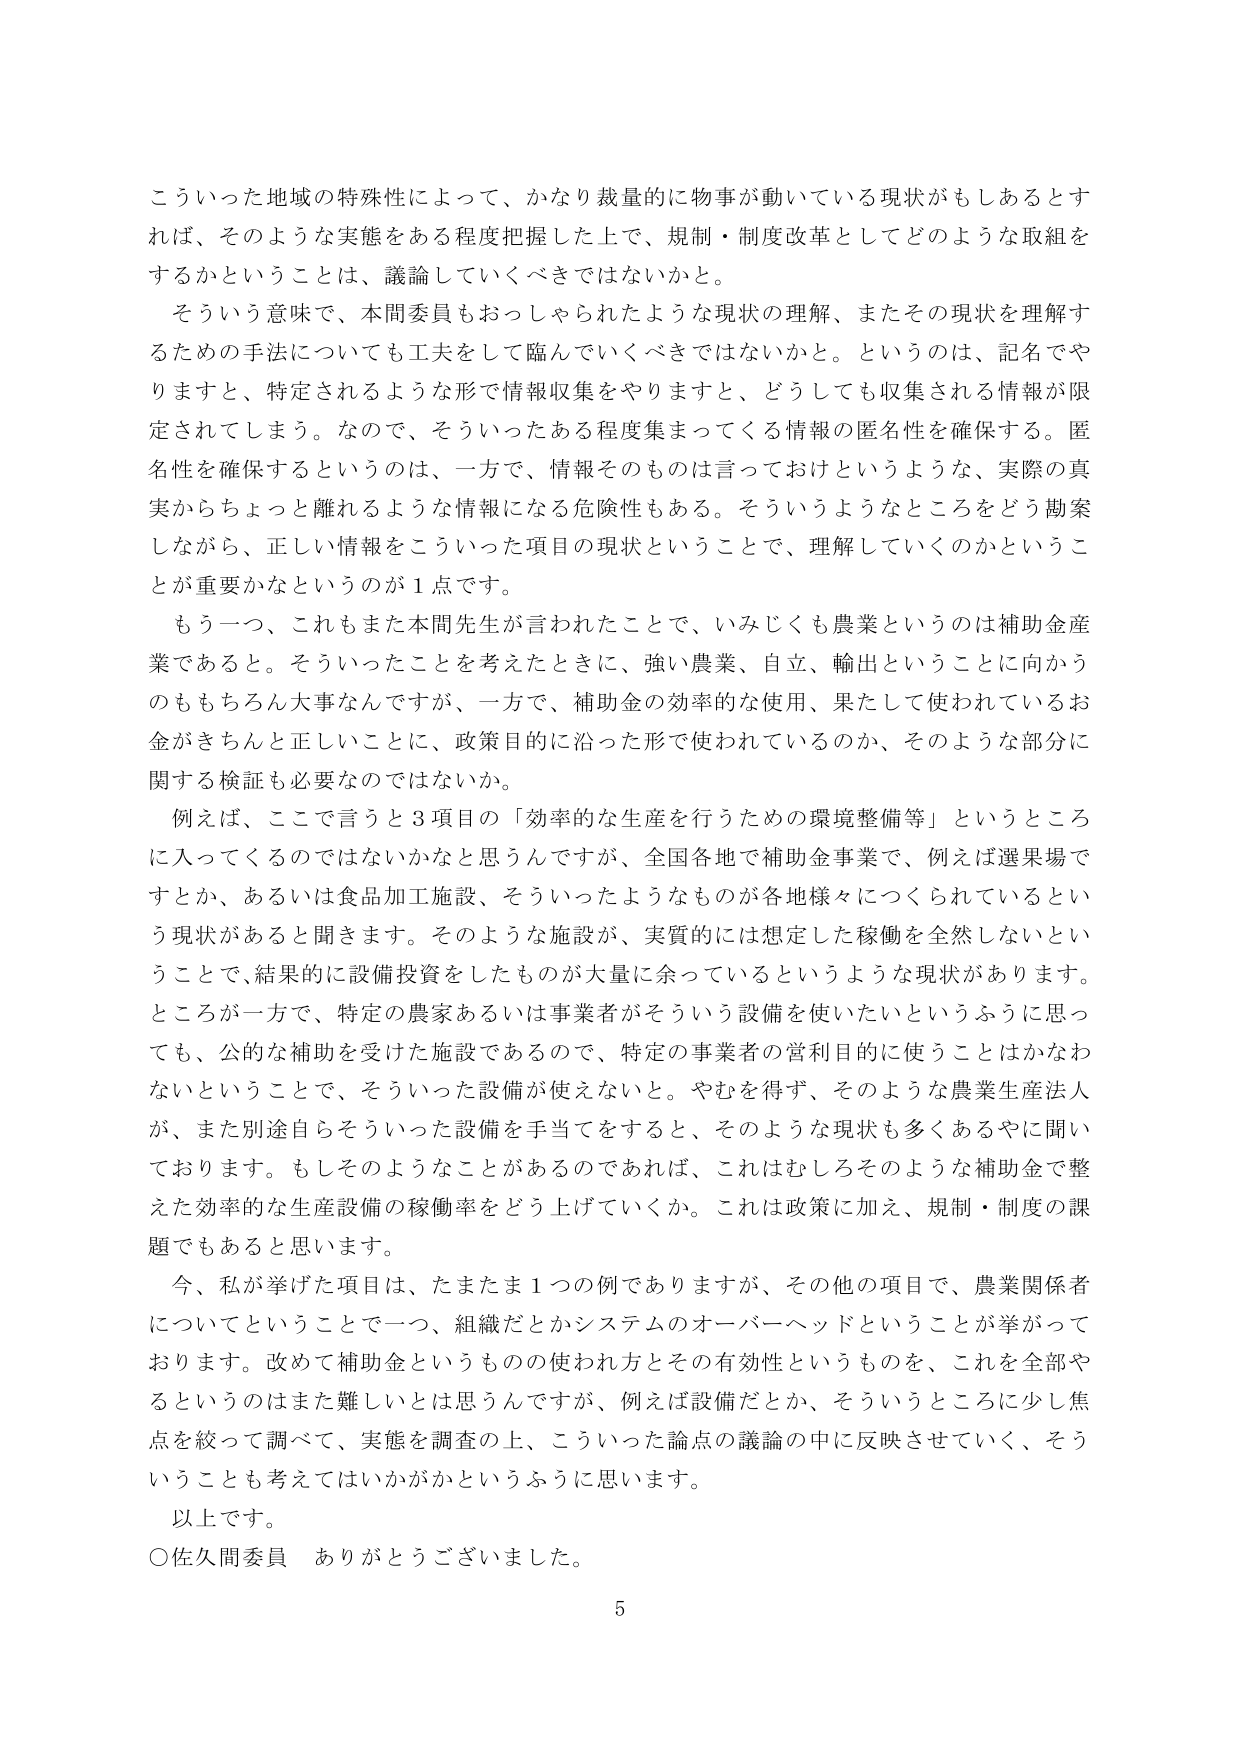
こういった地域の特殊性によって、かなり裁量的に物事が動いている現状がもしあるとすれば、そのような実態をある程度把握した上で、規制・制度改革としてどのような取組をするかということは、議論していくべきではないかと。

そういう意味で、本間委員もおっしゃられたような現状の理解、またその現状を理解するための手法についても工夫をして臨んでいくべきではないかと。というのは、記名でやりますと、特定されるような形で情報収集をやりますと、どうしても収集される情報が限定されてしまう。なので、そういったある程度集まってくる情報の匿名性を確保する。匿名性を確保するというのは、一方で、情報そのものは言っておけというような、実際の真実からちょっと離れるような情報になる危険性もある。そういうようなところをどう勘案しながら、正しい情報をこういった項目の現状ということで、理解していくのかということが重要かなというのが１点です。

もう一つ、これもまた本間先生が言われたことで、いみじくも農業というのは補助金産業であると。そういったことを考えたときに、強い農業、自立、輸出ということに向かうのももちろん大事なんですが、一方で、補助金の効率的な使用、果たして使われているお金がきちんと正しいことに、政策目的に沿った形で使われているのか、そのような部分に関する検証も必要なのではないか。

例えば、ここで言うと３項目の「効率的な生産を行うための環境整備等」というところに入ってくるのではないかと思うんですが、全国各地で補助金事業で、例えば選果場ですとか、あるいは食品加工施設、そういったようなものが各地様々につくられているという現状があると聞きます。そのような施設が、実質的には想定した稼働を全然しないということで、結果的に設備投資をしたものが大量に余っているというような現状があります。ところが一方で、特定の農家あるいは事業者がそういう設備を使いたいというふうに思っても、公的な補助を受けた施設であるので、特定の事業者の営利目的に使うことはかなわないということで、そういった設備が使えないと。やむを得ず、そのような農業生産法人が、また別途自らそういった設備を手当てをすると、そのような現状も多くあるやに聞いております。もしそのようなことがあるのであれば、これはむしろそのような補助金で整えた効率的な生産設備の稼働率をどう上げていくか。これは政策に加え、規制・制度の課題でもあると思います。

今、私が挙げた項目は、たまたま１つの例でありますが、その他の項目で、農業関係者についてということで一つ、組織だとかシステムのオーバーヘッドということが挙がっております。改めて補助金というものの使われ方とその有効性というものを、これを全部やるというのはまた難しいとは思うんですが、例えば設備だとか、そういうところに少し焦点を絞って調べて、実態を調査の上、こういった論点の議論の中に反映させていく、そういうことも考えてはいかがかというふうに思います。

以上です。

○佐久間委員　ありがとうございました。

5